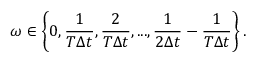
\omega \in \left\{ 0 , \frac { 1 } { T \Delta t } , \frac { 2 } { T \Delta t } , . . . , \frac { 1 } { 2 \Delta t } - \frac { 1 } { T \Delta t } \right\} .